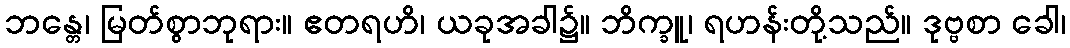
ဘန္တေ၊ မြတ်စွာဘုရား။ ဧတရဟိ၊ ယခုအခါ၌။ ဘိက္ခူ၊ ရဟန်းတို့သည်။ ဒုဗ္ဗစာ ခေါ၊